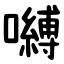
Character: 嚩